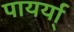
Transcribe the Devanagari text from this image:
पायर्या्